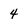
Character: 4